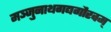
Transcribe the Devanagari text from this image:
मञ्जुनाथगद्यगौरवम्